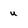
Character: u